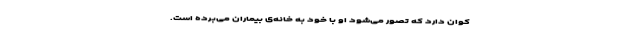
کوان دارد که تصور می‌شود او با خود به خانه‌ی بیماران می‌برده است.